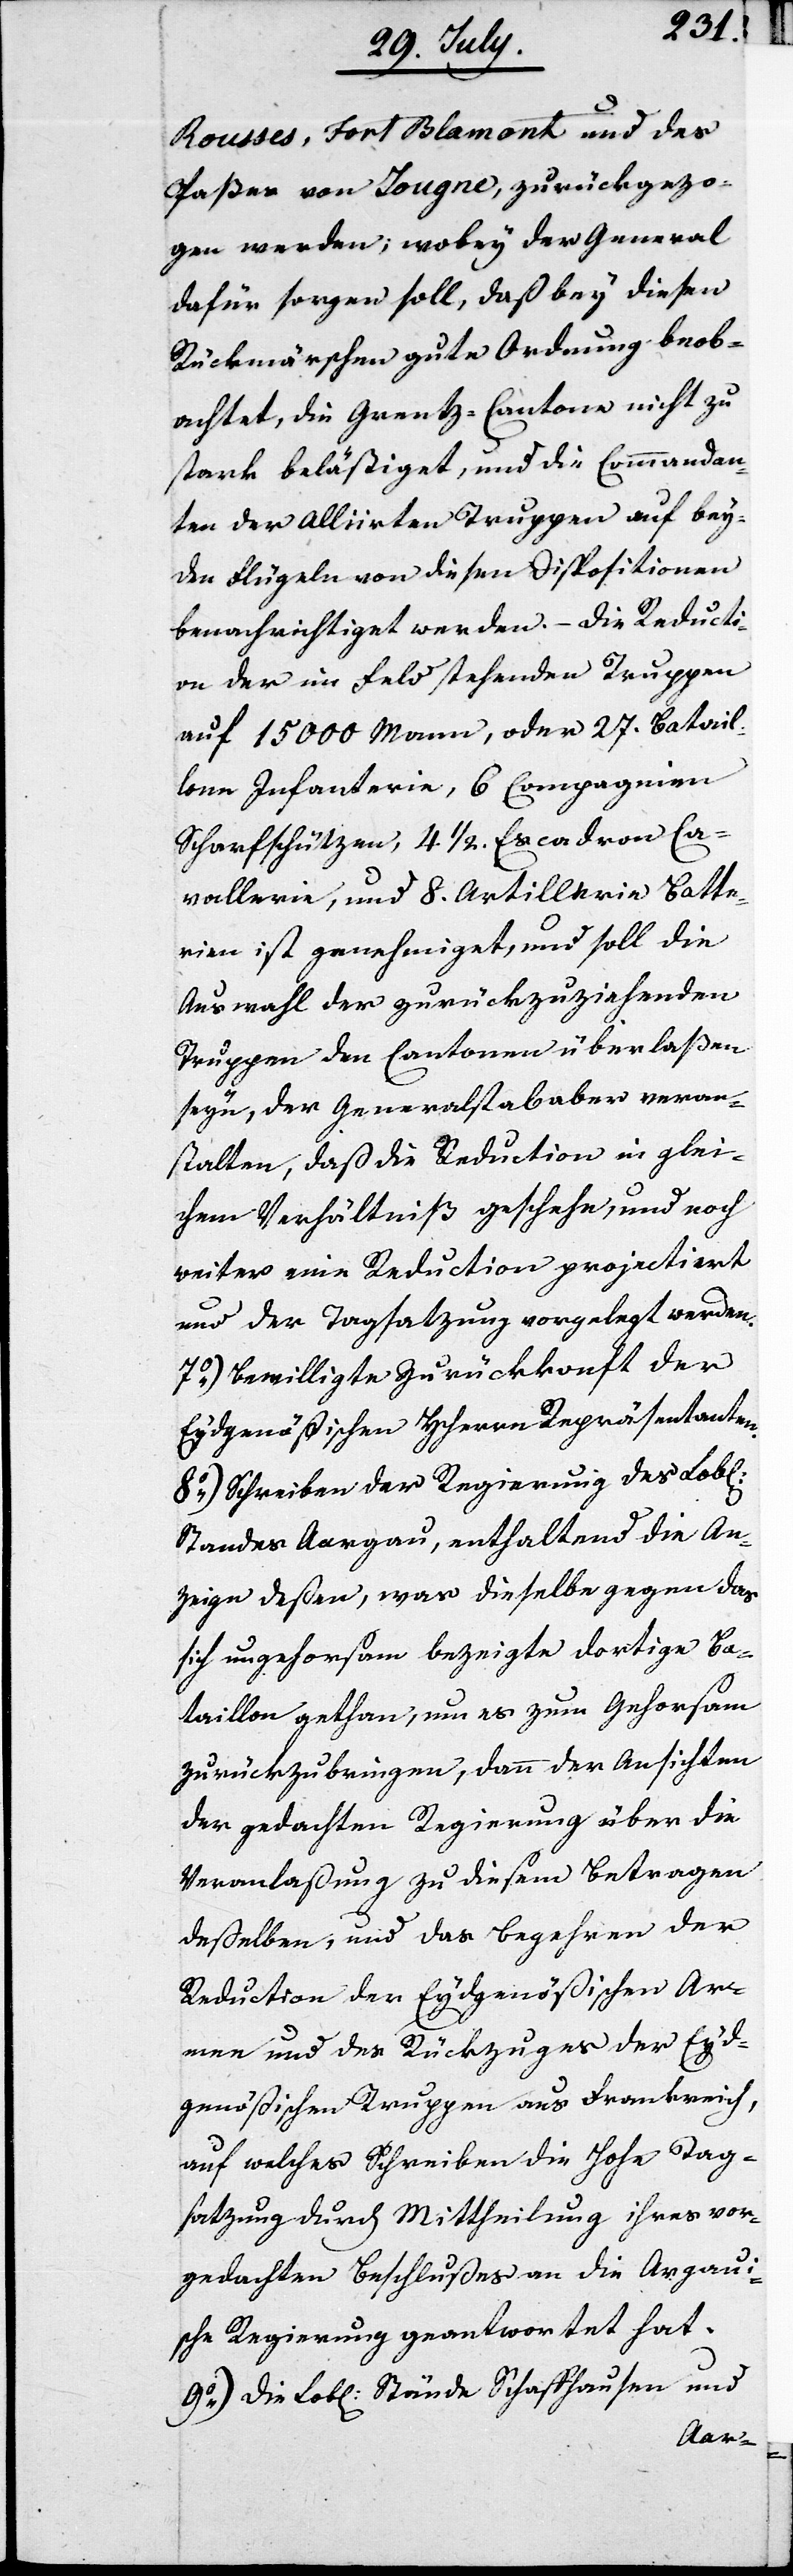
Roußes, Fort Blamont und des
Paßes von Jougne, zurückgezo¬
gen werden; wobey der General
dafür sorgen soll, daß bey diesen
Rückmärschen gute Ordnung beob¬
achtet, die Grenz-Cantone nicht zu
stark belästiget, und die Commandan¬
ten der Alliirten Truppen auf bey¬
den Flügeln von diesen Dispositionen
benachrichtiget werden. – Die Reducti¬
on der im Feld stehenden Truppen
auf 15000. Mann, oder 27. Batail¬
lone Infanterie, 6. Compagnien
Scharfschützen, 4. ½ Escadron Ca¬
vallerie, und 8. Artillerie Batte¬
rien ist genehmiget, und soll die
Auswahl der zurückzuziehenden
Truppen den Cantonen überlaßen
seyn, der Generalstab aber veran¬
stalten, daß die Reduction in glei¬
chem Verhältniß geschehe, und noch
weiter eine Reduction projectiert
und der Tagsatzung vorgelegt werden.
7.) Bewilligte Zurückkonft des
Eydgenößischen HHerrn Repräsentanten.
8.) Schreiben der Regierung des Lobl.
Standes Aargau, enthaltend die An¬
zeige deßen, was dieselbe gegen das
sich ungehorsam bezeigte dortige Ba¬
taillon gethan, um es zum Gehorsam
zurückzubringen, dann der Ansichten
der gedachten Regierung über die
Veranlaßung zu diesem Betragen
deßelben, und das Begehren der
Reduction der Eydgenößischen Ar¬
mee und des Rückzuges der Eyd¬
genößischen Truppen aus Frankreich,
auf welches Schreiben die Hohe Tag¬
satzung durch Mittheilung ihres vor¬
gedrucketne Beschlußes an die Aargaui¬
sche Regierung geantwortet hat.
9.) Die Lobl. Stände Schaffhausen und